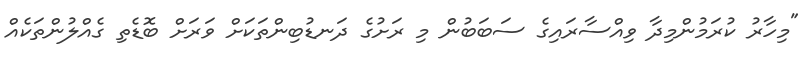
"މިހާރު ކުރަމުންމިދާ ވިއްސާރައިގެ ސަބަބުން މި ރަށުގެ ދަނޑުބިންތަކަށް ވަރަށް ބޮޑެތި ގެއްލުންތަކެއް